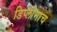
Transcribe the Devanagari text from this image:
डिप्लोमाच